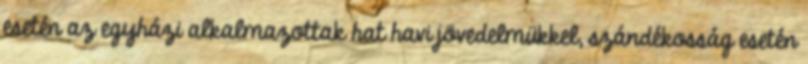
esetén az egyházi alkalmazottak hat havi jövedelmükkel, szándékosság esetén